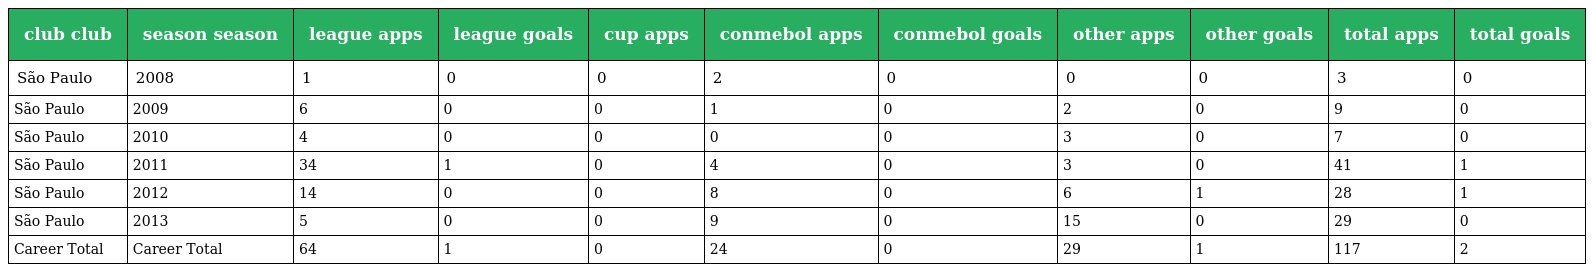
| club club | season season | league apps | league goals | cup apps | conmebol apps | conmebol goals | other apps | other goals | total apps | total goals |
 | --- | --- | --- | --- | --- | --- | --- | --- | --- | --- | --- |
 | São Paulo | 2008 | 1 | 0 | 0 | 2 | 0 | 0 | 0 | 3 | 0 |
 | São Paulo | 2009 | 6 | 0 | 0 | 1 | 0 | 2 | 0 | 9 | 0 |
 | São Paulo | 2010 | 4 | 0 | 0 | 0 | 0 | 3 | 0 | 7 | 0 |
 | São Paulo | 2011 | 34 | 1 | 0 | 4 | 0 | 3 | 0 | 41 | 1 |
 | São Paulo | 2012 | 14 | 0 | 0 | 8 | 0 | 6 | 1 | 28 | 1 |
 | São Paulo | 2013 | 5 | 0 | 0 | 9 | 0 | 15 | 0 | 29 | 0 |
 | Career Total | Career Total | 64 | 1 | 0 | 24 | 0 | 29 | 1 | 117 | 2 |